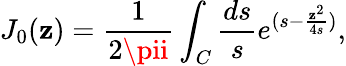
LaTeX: J_{0}(\mathbf{z})=\frac{{1}}{{2\pii}}\int_{C}{\frac{{ds}}{{s}}}e^{(s-{\frac{{\mathbf{z}^{2}}}{{4s}}})},